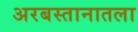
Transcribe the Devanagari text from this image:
अरबस्तानातला